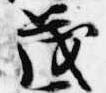
茂